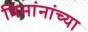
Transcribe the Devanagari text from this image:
विमांनांच्या